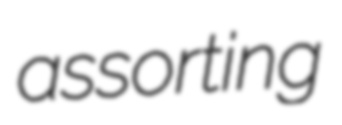
assorting